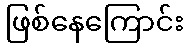
ဖြစ်နေကြောင်း